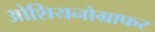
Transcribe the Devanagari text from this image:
ओशियनोग्राफर